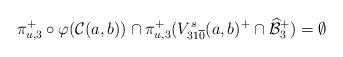
LaTeX: \begin{align*}\pi^+_{u, 3}\circ \varphi (\mathcal{C}(a, b))\cap \pi^+_{u, 3}(V_{31\overline{0}}^s(a, b)^+\cap\widehat{\mathcal{B}}^+_3)=\emptyset\end{align*}